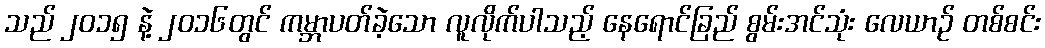
သည် ၂၀၁၅ နဲ့ ၂၀၁၆တွင် ကမ္ဘာပတ်ခဲ့သော လူလိုက်ပါသည့် နေရောင်ခြည် စွမ်းအင်သုံး လေယာဉ် တစ်စင်း